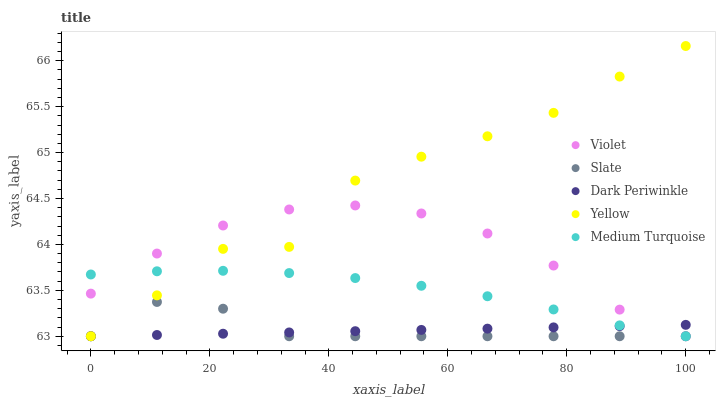
| xaxis_label | Violet | Slate | Dark Periwinkle | Yellow | Medium Turquoise |
 | --- | --- | --- | --- | --- | --- |
 | 0 | 63.5 | 63 | 63 | 63 | 63.7 |
 | 11.1 | 63.9 | 63.4 | 63 | 63.4 | 63.7 |
 | 22.2 | 64.2 | 63.3 | 63 | 64 | 63.7 |
 | 33.3 | 64.4 | 63 | 63 | 64 | 63.7 |
 | 44.4 | 64.4 | 63 | 63.1 | 64.7 | 63.6 |
 | 55.6 | 64.3 | 63 | 63.1 | 65 | 63.5 |
 | 66.7 | 64.1 | 63 | 63.1 | 65.2 | 63.4 |
 | 77.8 | 63.8 | 63 | 63.1 | 65.4 | 63.3 |
 | 88.9 | 63.3 | 63 | 63.1 | 65.8 | 63.1 |
 | 100 | 63 | 63 | 63.1 | 66.2 | 63 |